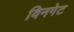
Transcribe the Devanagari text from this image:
विनगेट